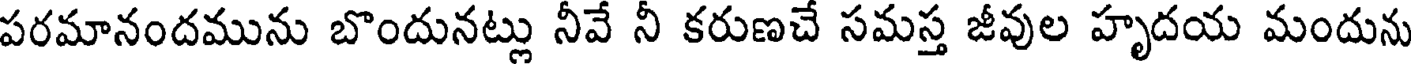
పరమానందమును బొందునట్లు నీవే నీ కరుణచే సమస్త జీవుల హృదయ మందును